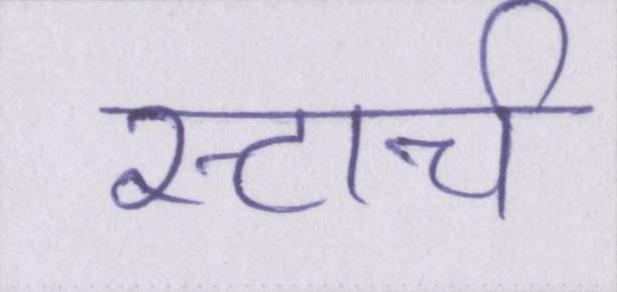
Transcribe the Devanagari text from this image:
स्टार्च